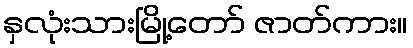
နှလုံးသားမြို့တော် ဇာတ်ကား။